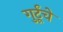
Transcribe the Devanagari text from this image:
गुर्टूंचे